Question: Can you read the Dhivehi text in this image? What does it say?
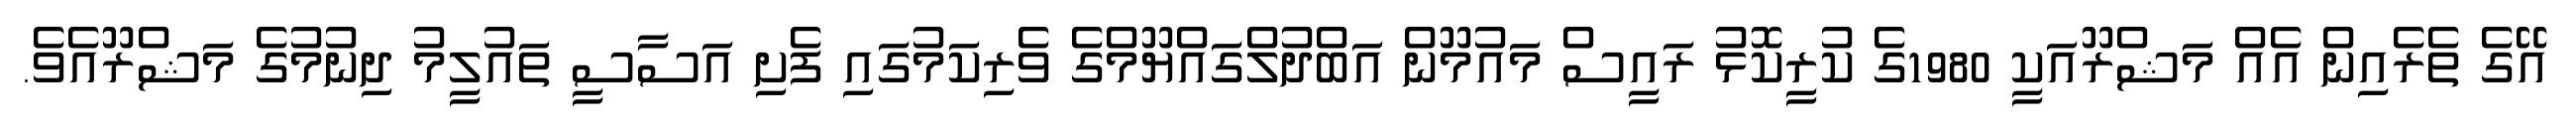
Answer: އޭގެ ތެރެއިން އެއް މަޝްރޫއަކީ 1980ގެ ކުރީކޮޅު ރައީސް މައުމޫން އަބްދުލްގައްޔޫމްގެ ވެރިކަމުގައި ފެށި އަސާސީ ތައުލީމު ދިނުމުގެ މަޝްރޫއެވެ.